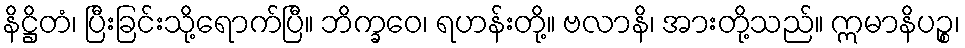
နိဋ္ဌိတံ၊ ပြီးခြင်းသို့ရောက်ပြီ။ ဘိက္ခဝေ၊ ရဟန်းတို့။ ဗလာနိ၊ အားတို့သည်။ ဣမာနိပဉ္စ၊